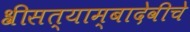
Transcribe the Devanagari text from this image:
श्रीसत्याम्बादेवीचे